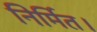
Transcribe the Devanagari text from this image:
निर्मित।